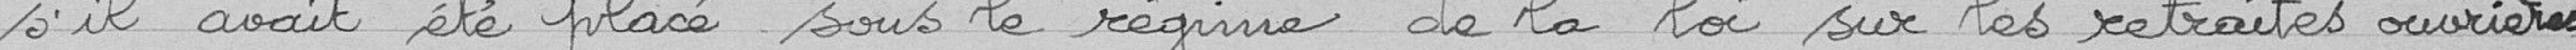
s'il avait été placé sous le régime de la loi sur les retraites ouvrières